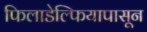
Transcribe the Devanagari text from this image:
फिलाडेल्फियापासून